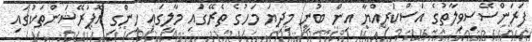
ފަރަންސޭސިވިލާތުގެ އަސްކަރިއްޔާ އިން ބުނީ މިދިޔަ މަހުގެ ތެރޭގައި މާލީގައި ހިންގި އޮޕަރޭޝަންތަކުގައި